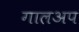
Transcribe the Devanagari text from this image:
गालअप